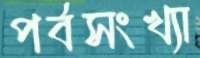
পর্বসংখ্যা